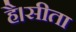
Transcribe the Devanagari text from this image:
है।सीता